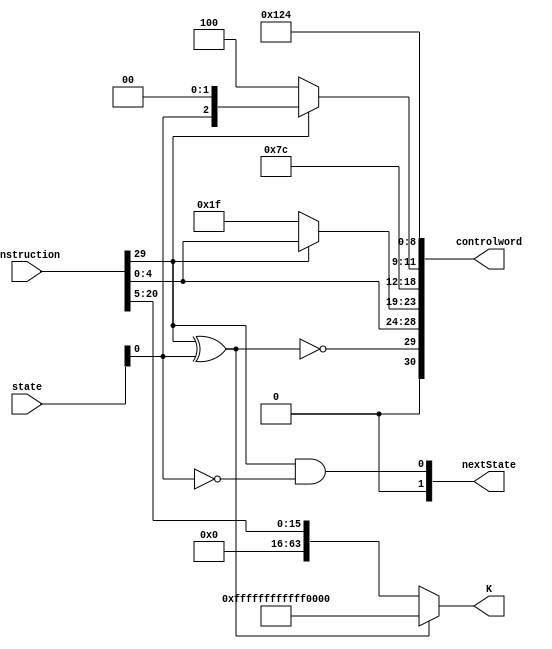
module WI (instruction, state, controlword, nextState, K);
	output [30:0] controlword;
	output [1:0] nextState; 
	output [63:0] K;
	input [31:0] instruction;
	input [1:0] state; 
	
	wire [1:0] Psel;
   wire [4:0] DA, SA, SB, Fsel;
	wire regW, ramW, EN_MEM, EN_ALU, EN_B, EN_PC, Bsel, PCsel, SL; 
	
	// ~(instruction[29] ^ state[0])
	// 00	:	1
	// 01 :	X (this condition will never happen
	// 10 :	0
	// 11 :	1
	
	assign Psel = {1'b0, ~(instruction[29] ^ state[0])}; // movz = instr 0, movk = instr 1   
	assign DA = instruction [4:0]; // DA reg
	assign SA = instruction[29] ? instruction [4:0] : 5'b11111; // DA reg 
	assign SB = 5'b11111; // dont care about SB  
	assign Fsel = instruction[29] ? {2'b00,state[0],2'b00} : 5'b00100;  //OR function 
	assign regW = 1'b1;  
	assign ramW = 1'b0; 
	assign EN_MEM = 1'b0; 
	assign EN_ALU = 1'b1; //pass alu result 
	assign EN_B = 1'b0;
	assign EN_PC = 1'b0; 
	assign Bsel = 1'b1;  // pass constnt 
	assign PCsel = 1'b0; // pass SA
	assign SL = 1'b0; // dont change status bits  
	
   assign K = ~(instruction[29] ^ state[0]) ? {{48 {1'b0}}, instruction [20:5]} : {{48{1'b1}}, 16'b0}; 
   // this is for the 16 bit immediate 
	assign controlword = {Psel, DA, SA, SB, Fsel, regW, ramW, EN_MEM, EN_ALU, EN_B, EN_PC, Bsel, PCsel, SL};
	
	assign nextState = {{1'b0}, instruction[29] & ~state[0]};
 
	
endmodule